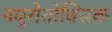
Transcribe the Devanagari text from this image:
नयूरोतोक्सिक